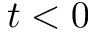
t < 0